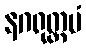
နဂရုတ္တမံ